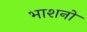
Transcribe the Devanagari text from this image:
भाशनो